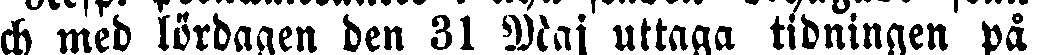
ch med lördagen den 31 Maj uttaga tidningen på